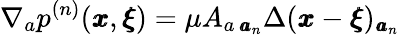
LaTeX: \nabla_{a}p^{(n)}({\pmb x},{\pmb\xi})=\mu A_{a\, {\pmb a}_{n}}\Delta({\pmb x}-{\pmb\xi})_{{\pmb a}_{n}}